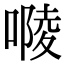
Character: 𠻱